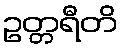
ဥတ္တရီတိ